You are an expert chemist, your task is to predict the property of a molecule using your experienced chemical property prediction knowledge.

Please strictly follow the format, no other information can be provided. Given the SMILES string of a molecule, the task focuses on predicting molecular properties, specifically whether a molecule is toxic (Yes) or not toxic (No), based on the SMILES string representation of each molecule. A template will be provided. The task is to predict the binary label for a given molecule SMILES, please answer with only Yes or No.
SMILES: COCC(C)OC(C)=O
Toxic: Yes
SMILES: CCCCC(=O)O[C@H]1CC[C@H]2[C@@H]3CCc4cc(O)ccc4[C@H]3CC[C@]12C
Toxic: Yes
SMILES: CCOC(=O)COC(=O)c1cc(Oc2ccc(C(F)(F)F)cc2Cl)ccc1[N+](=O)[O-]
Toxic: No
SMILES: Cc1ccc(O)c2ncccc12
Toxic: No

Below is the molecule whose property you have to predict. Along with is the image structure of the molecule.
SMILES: Cc1ccc(Cl)c(N)c1Cl
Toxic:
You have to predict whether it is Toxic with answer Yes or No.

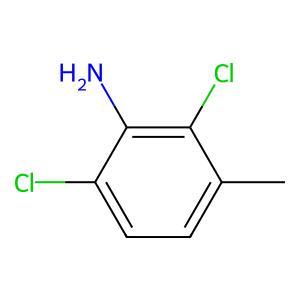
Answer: No